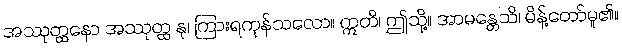
အဿုတ္ထနော အဿုတ္ထ နု၊ ကြားရကုန်သလော။ ဣတိ၊ ဤသို့။ အာမန္တေသိ၊ မိန့်တော်မူ၏။